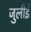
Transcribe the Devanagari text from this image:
जुलीई